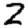
Digit: 2